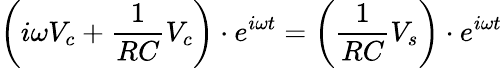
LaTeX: \left(i\omega V_{c}+{\frac{1}{RC}}V_{c}\right)\cdot e^{i\omega t}=\left({\frac{1}{RC}}V_{s}\right)\cdot e^{i\omega t}